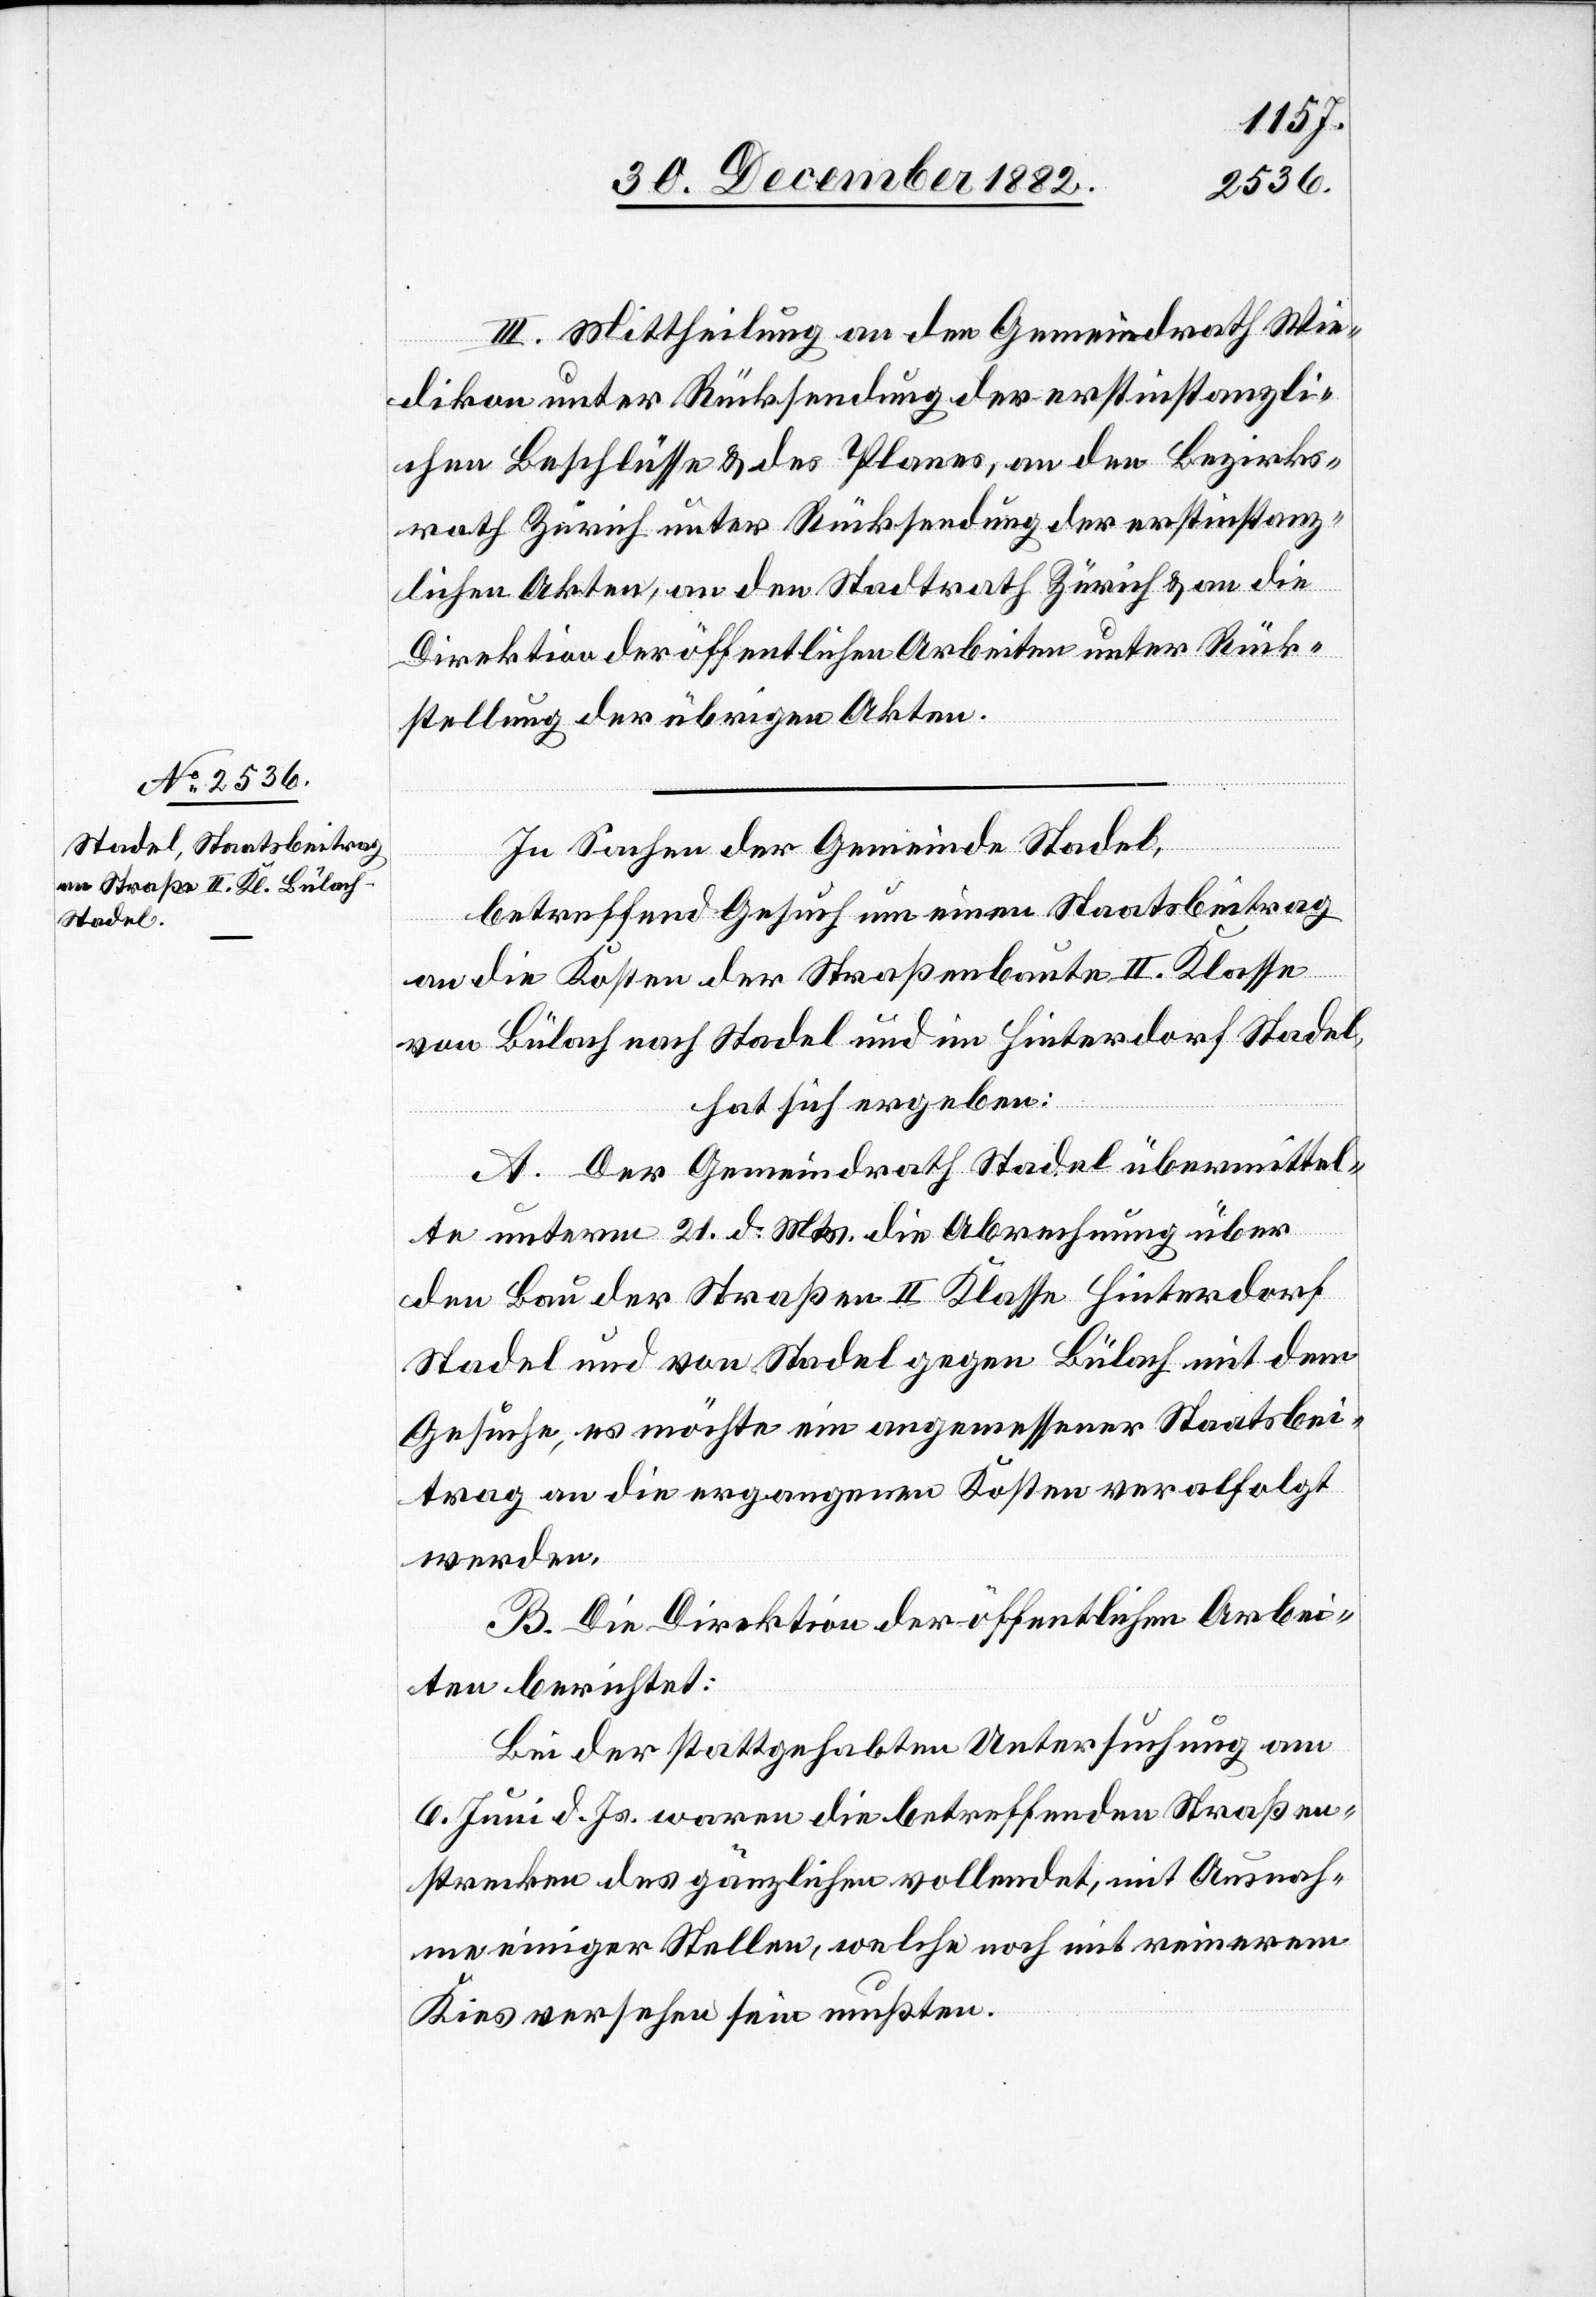
III. Mittheilung an den Gemeindrath Wie¬
dikon unter Rücksendung der erstinstanzli¬
chen Beschlüsse & des Planes, an den Bezirks¬
rath Zürich unter Rücksendung der erstinstanz¬
lichen Akten, an den Stadtrath Zürich & an die
Direktion der öffentlichen Arbeiten unter Rück¬
stellung der übrigen Akten.
In Sachen der Gemeinde Stadel,
betreffend Gesuch um einen Staatsbeitrag
an die Kosten der Straßenbaute II. Klasse
von Bülach nach Stadel und im Hinterdorf Stadel,
hat sich ergeben:
A: Der Gemeindrath Stadel übermittel¬
te unterm 21. d. Mts. die Abrechnung über
den Bau der Straße II. Klasse Hinterdorf
Stadel und von Stadel gegen Bülach mit dem
Gesuche, es möchte ein angemessener Staatsbei¬
trag an die ergangenen Kosten verabfolgt
werden]
B. Die Direktion der öffentlichen Arbei¬
ten berichtet:
Bei der stattgehabten Untersuchung am
6. Juni d. Js. waren die betreffenden Straßen¬
strecken des gänzlichen vollendet, mit Ausnah¬
me einiger Stellen, welche noch mit reinerem
Kies versehen sein [recte: